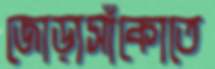
জোড়াসাঁকোতে